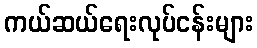
ကယ်ဆယ်ရေးလုပ်ငန်းများ